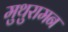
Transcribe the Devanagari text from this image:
मुथुरामन